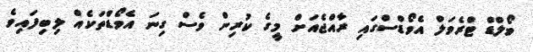
ވޯލްޑް ޓްރެވަލް އެވޯޑްސްގައި ރާއްޖެއަށް މީގެ ކުރިން ވެސް ގިނަ އެވޯޑްތަކެއް ލިބިފައިވެ